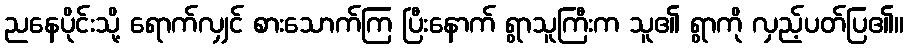
ညနေပိုင်းသို့ ရောက်လျှင် စားသောက်ကြ ပြီးနောက် ရွာသူကြီးက သူ၏ ရွာကို လှည့်ပတ်ပြ၏။